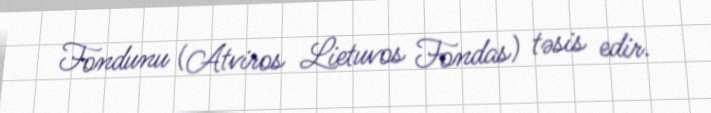
Fondunu (Atviros Lietuvos Fondas) təsis edir.